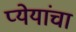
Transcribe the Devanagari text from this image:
प्येयांचा